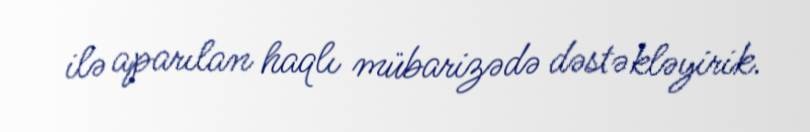
ilə aparılan haqlı mübarizədə dəstəkləyirik.